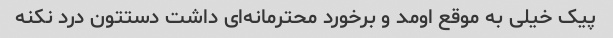
پیک خیلی به موقع اومد و برخورد محترمانه‌ای داشت دستتون درد نکنه